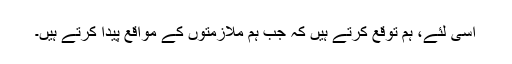
اسی لئے، ہم توقع کرتے ہیں کہ جب ہم ملازمتوں کے مواقع پیدا کرتے ہیں۔